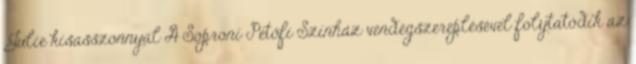
Julie kisasszonnyal A Soproni Petőfi Színház vendégszereplésével folytatódik az